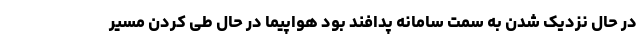
در حال نزدیک شدن به سمت سامانه پدافند بود هواپیما در حال طی کردن مسیر